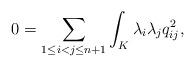
LaTeX: \begin{align*}0 = \sum_{1\leq i < j \leq n+1} \int_K \lambda_i \lambda_j q_{ij}^2, \end{align*}